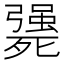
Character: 𣩴